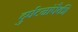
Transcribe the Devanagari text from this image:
दुर्घटनांपैकी